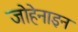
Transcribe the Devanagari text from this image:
जोहेनाइन